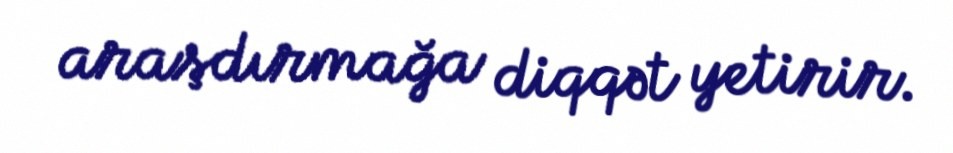
araşdırmağa diqqət yetirir.